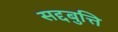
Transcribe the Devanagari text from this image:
सद्दबुत्ति